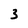
Character: 3